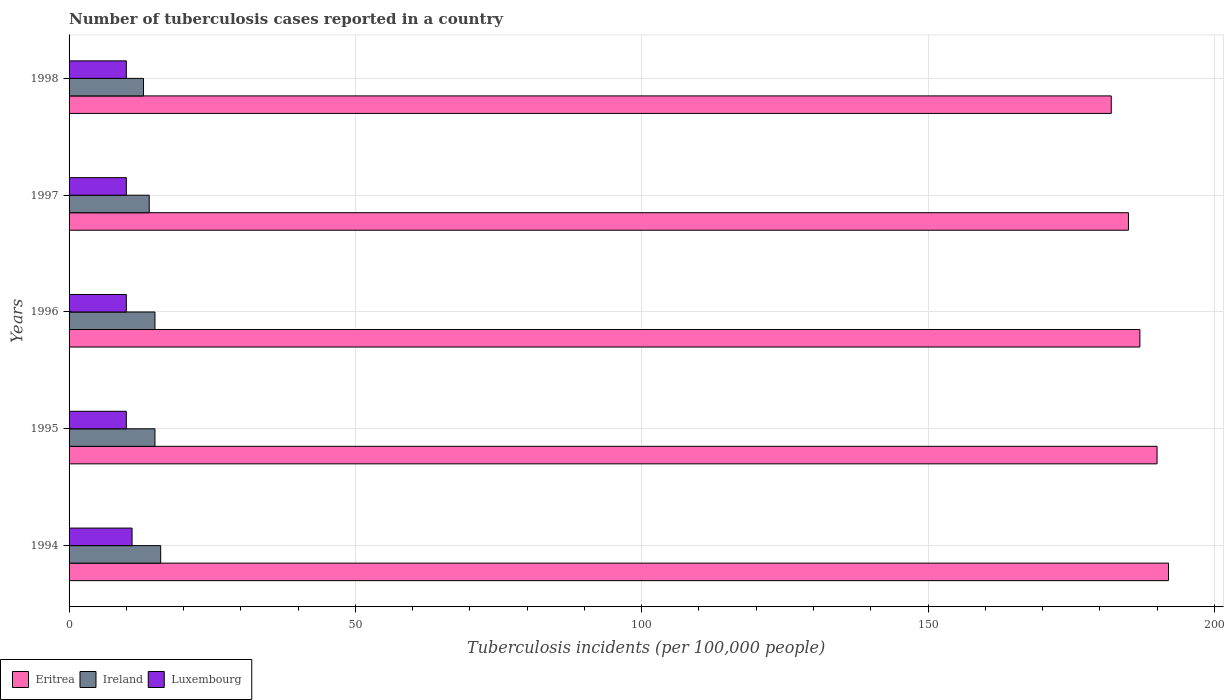
| Years | Eritrea | Ireland | Luxembourg |
 | --- | --- | --- | --- |
 | 1994 | 192 | 16 | 11 |
 | 1995 | 190 | 15 | 10 |
 | 1996 | 187 | 15 | 10 |
 | 1997 | 185 | 14 | 10 |
 | 1998 | 182 | 13 | 10 |